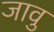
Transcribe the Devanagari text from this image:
जावु